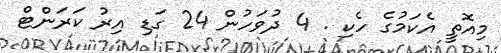
މިއޮތީ އެކަމުގެ ހެކި . 4 ދުވަހުން 24 ގަޑި އިރު ކަރަންޓް